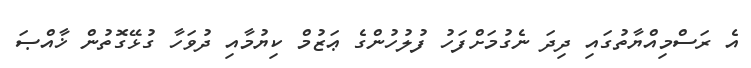
އެ ރަސްމިއްޔާތުގައި ދިދަ ނެގުމަށްފަހު ފުލުހުންގެ ޢަޒުމް ކިޔުމާއި ދުވަހާ ގުޅޭގޮތުން ޚާއްޞަ